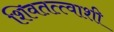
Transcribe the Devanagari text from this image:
शिवतत्त्वाशी